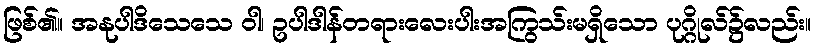
ဖြစ်၏။ အနုပါဒိသေသေ ဝါ၊ ဥပါဒါန်တရားလေးပါးအကြွသ်းမရှိသော ပုဂ္ဂိုလ်၌လည်း။